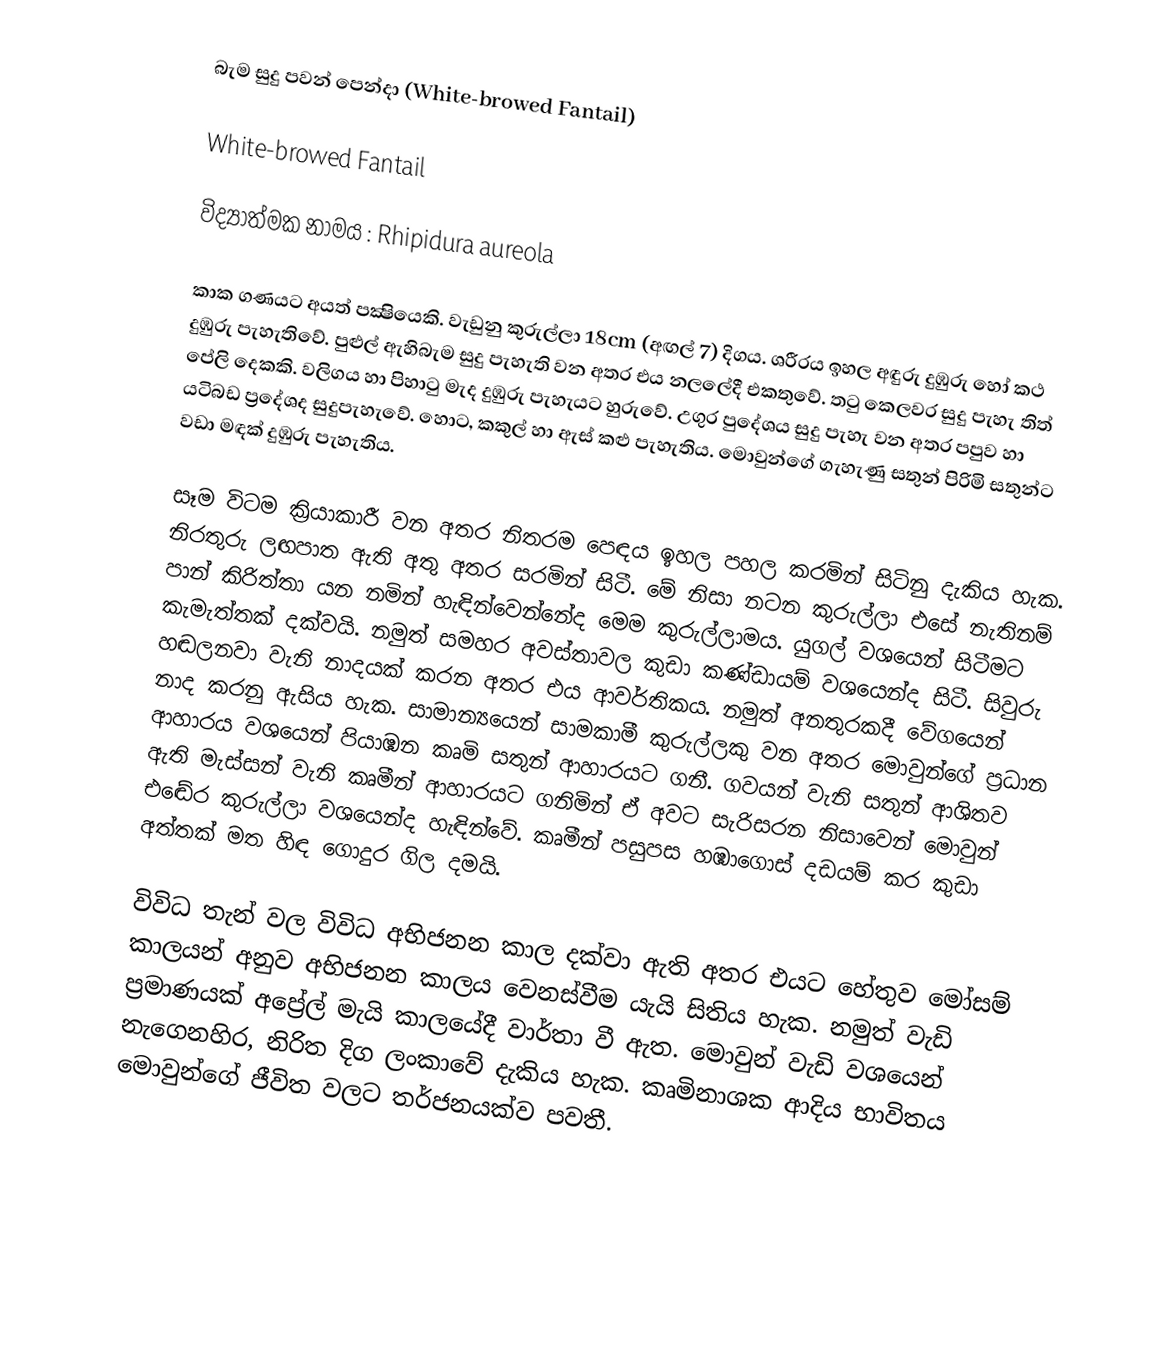
බැම සුදු පවන් පෙන්දා (White-browed Fantail)

White-browed Fantail

විද්‍යාත්මක නාමය : Rhipidura aureola

කාක ගණයට අයත් පක්‍ෂියෙකි. වැඩුනු කුරුල්ලා 18cm (අඟල් 7) දිගය. ශරීරය ඉහල අඳුරු දුඹුරු හෝ කථ දුඹුරු පැහැතිවේ. පුළුල් ඇහිබැම සුදු පැහැති වන අතර එය නලලේදී එකතුවේ. තටු කෙලවර සුදු පැහැ තිත් පේලි දෙකකි. වලිගය හා පිහාටු මැද දුඹුරු පැහැයට හුරුවේ. උගුර පුදේශය සුදු පැහැ වන අතර පපුව හා යටිබඩ ප්‍රදේශද සුදුපැහැවේ. ‍හොට, කකුල් හා ඇස් කළු පැහැතිය. මොවුන්ගේ ගැහැණු සතුන් පිරිමි සතුන්ට වඩා මඳක් දුඹුරු පැහැතිය. 

සෑම විටම ක්‍රියාකාරී වන අතර නිතරම පෙඳය ඉහල පහල කරමින් සිටිනු දැකිය හැක. නිරතුරු ලඟපාත ඇති අතු අතර සරමින් සිටී. මේ නිසා නටන කුරුල්ලා එසේ නැතිනම් පාන් කිරිත්තා යන නමින් හැඳින්වෙන්නේද මෙම කුරුල්ලාමය. යුගල් වශයෙන් සිටීමට කැමැත්තක් දක්වයි. නමුත් සමහර අවස්තාවල කුඩා කණ්ඩායම් වශයෙන්ද සිටී. සිවුරු හඬලනවා වැනි නාදයක් කරන අතර එය ආවර්තිකය. නමුත් අනතුරකදී වේගයෙන් නාද කරනු ඇසිය හැක. සාමාන්‍යයෙන් සාමකාමී කුරුල්ලකු වන අතර මොවුන්ගේ ප්‍රධාන ආහාරය වශයෙන් පියාඹන කෘමි සතුන් ආහාරයට ගනී. ගවයන් වැනි සතුන් ආශිතව ඇති මැස්සන් වැනි කෘමීන් ආහාරයට ගනිමින් ඒ අවට සැරිසරන නිසාවෙන් මොවුන් එ‍ඬේර කුරුල්ලා වශයෙන්ද හැඳින්වේ. කෘමීන් පසුපස හඹාගොස් දඩයම් කර කුඩා අත්තක් මත හිඳ ගොදුර ගිල දමයි.

විවිධ තැන් වල විවිධ අභිජනන කාල දක්වා ඇති අතර එයට හේතුව මෝසම් කාලයන් අනුව අභිජනන කාලය වෙනස්වීම යැයි සිතිය හැක. නමුත් වැඩි ප්‍රමාණයක් අප්‍රේල් මැයි කාලයේදී වාර්තා වී ඇත. මොවුන් වැඩි වශයෙන් නැගෙනහිර, නිරිත දිග ලංකාවේ දැකිය හැක. කෘමිනාශක ආදිය භාවිතය මොවුන්ගේ ජීවිත වලට තර්ජනයක්ව පවතී.